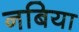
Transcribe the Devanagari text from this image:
नबिया